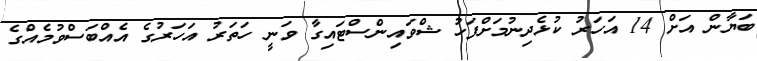
ބަޔާން އަށް 14 އަހަރު ކުޅެދިނުމަށްފަހު ޝްވައިންސްޓައިގާ ވަނީ ހަތަރު އަހަރުގެ އެއްބަސްވުމެއްގެ